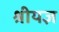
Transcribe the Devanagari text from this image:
श्रीयज्ञ